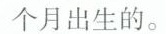
个月出生的。